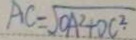
A C = \sqrt { O A ^ { 2 } + D C ^ { 2 } }